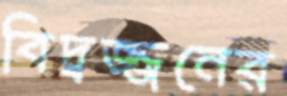
বিদ্বজ্জনের